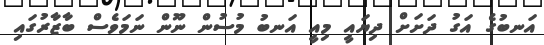
އަނބުގެ އަގު ދަށަށް ދިޔައީ މިއީ އަނބު މުސުން ނޫން ނަމަވެސް ބާޒާރުގައި